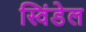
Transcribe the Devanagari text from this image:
स्विंडेल